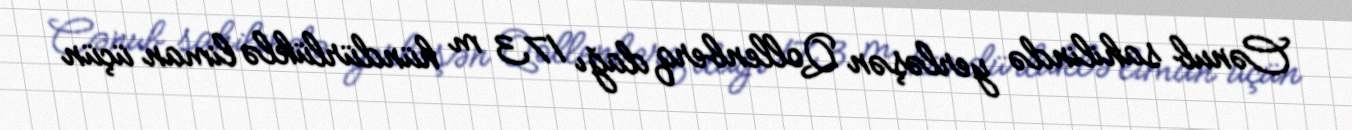
Cənub sahilində yerləşən Qollenberq dağı 173 m hündürlüklə liman üçün